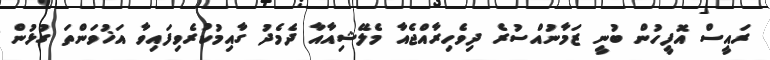
ރައީސް އޮފީހުން ބުނީ ޒަމާނުއްސުރެ ދިވެހިރާއްޖެއާ މެލޭޝިއާއާ ދެމެދު ގާއިމުކުރެވިފައިވާ އަޚުވަންތަ ގުޅުން